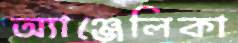
অ্যাঞ্জেলিকা